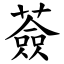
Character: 薟